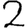
Digit: 2